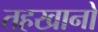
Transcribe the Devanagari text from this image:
तहखानो